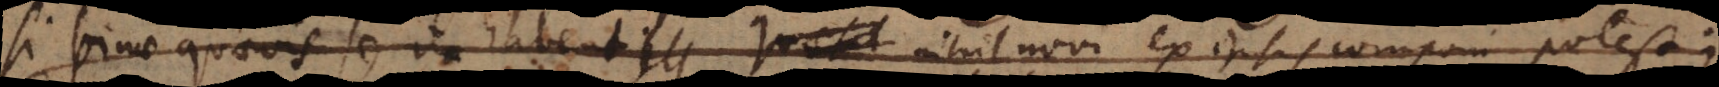
Si binae quaevis se ita habent nihil novi ex ipsis componi potest;